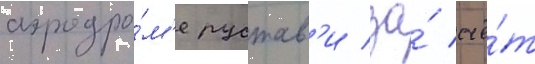
аэродро́м'е рустав'и за́ счё́т